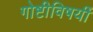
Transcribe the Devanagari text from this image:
गोष्टीविषयीं